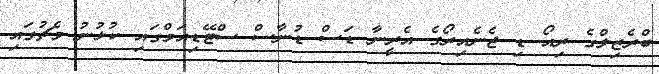
ބްރެޒިލްގެ ރިއޯ ޑި ޖެނެއިރޯގެ އެރީނާ ޑަސް ޑުނާސް ސްޓޭޑިއަމްގައި ކުޅުނު މެޗުގައި